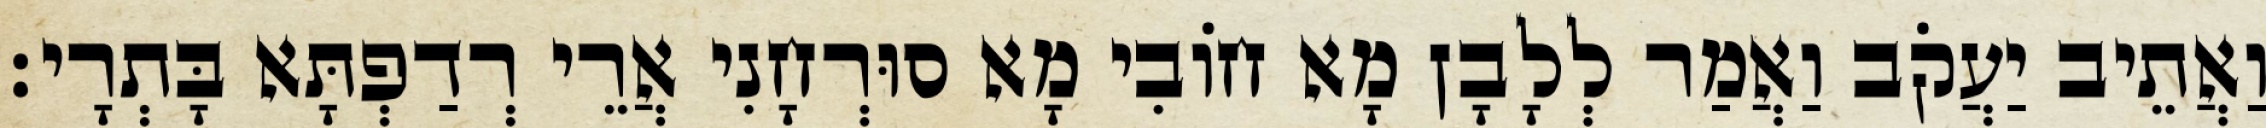
וַאֲתֵיב יַעֲקֹב וַאֲמַר לְלָבָן מָא חוֹבִי מָא סוּרְחָנִי אֲרֵי רְדַפְתָּא בָּתְרָי׃